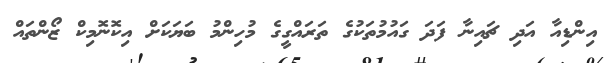
އިންޑިއާ އަދި ޗައިނާ ފަދަ ގައުމުތަކުގެ ތަރައްގީގެ މުހިންމު ބަޔަކަށް އިކޮނޮމިކް ޒޯންތައް